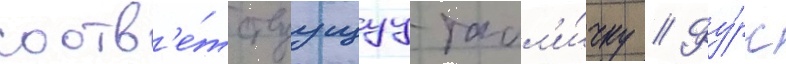
соотв'е́тствуущуу табл'и́чку // Фу́рс